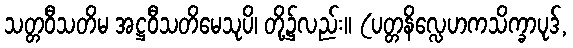
သတ္တဝီသတိမ အဋ္ဌဝီသတိမေသုပိ၊ တို့၌လည်း။ (ပတ္တနိလ္လေဟကသိက္ခာပုဒ်,